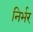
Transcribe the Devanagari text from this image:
निर्भर